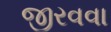
જીરવવા